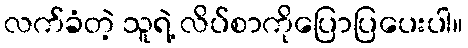
လက်ခံတဲ့ သူရဲ့ လိပ်စာကိုပြောပြပေးပါ။